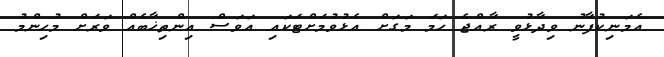
އެމަނިކުފާނު ވިދާޅުވީ ރާއްޖެ ހަމަ މަގަށް އެޅުވުމަށްޓަކައި އަވަސް އިންތިޚާބެއް ވަރަށް މުހިންމު